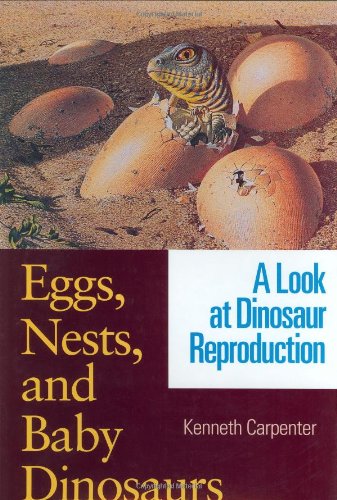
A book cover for Eggs, Nests, and Baby Dinosaurs: A Look at Dinosaur Reproduction (Life of the Past); Kenneth Carpenter; Science & Math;